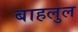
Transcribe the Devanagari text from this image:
बाहलुल